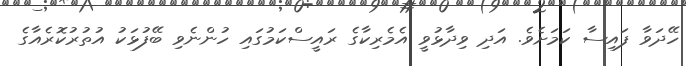
ހޭދަވާ ފައިސާ ކަމަށެވެ. އަދި ވިދާޅުވީ އެމެރިކާގެ ރައީސްކަމުގައި ހުންނެވި ބޭފުޅަކު އުތުރުކޮރެއާގެ